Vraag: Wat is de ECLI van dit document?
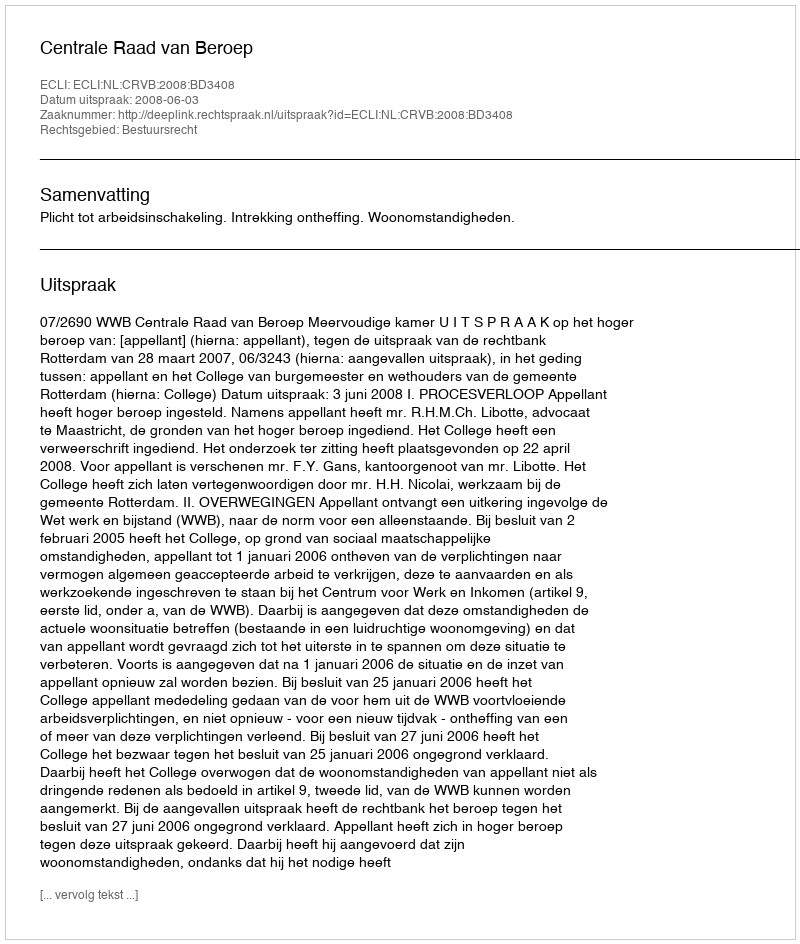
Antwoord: ECLI:NL:CRVB:2008:BD3408